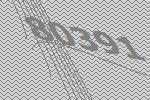
80391